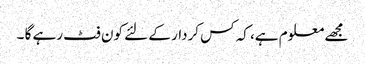
مجھے معلوم ہے، کہ کس کردار کے لئے کون فٹ رہے گا ۔